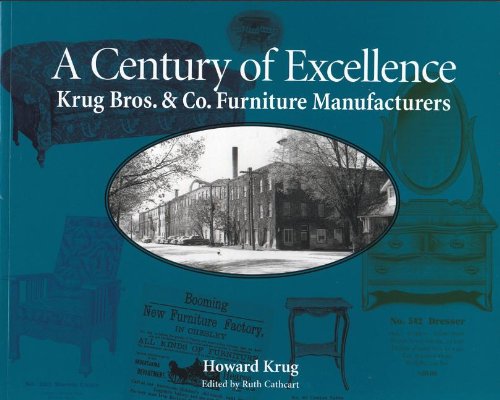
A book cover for Century of Excellence: Krug Bros. & Co. Furniture Manufacturers; Howard Krug; Crafts, Hobbies & Home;